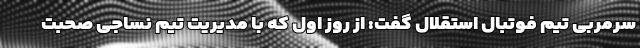
سرمربی تیم فوتبال استقلال گفت: از روز اول که با مدیریت تیم نساجی صحبت